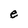
Character: e